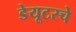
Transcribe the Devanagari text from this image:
डेयूटस्चे